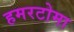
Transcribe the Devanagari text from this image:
हमरटोमा